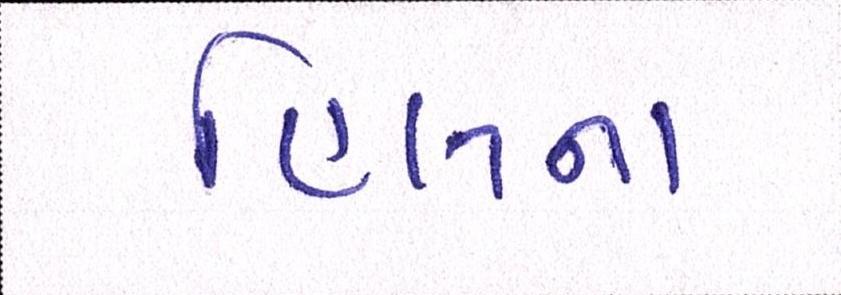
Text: હિલના